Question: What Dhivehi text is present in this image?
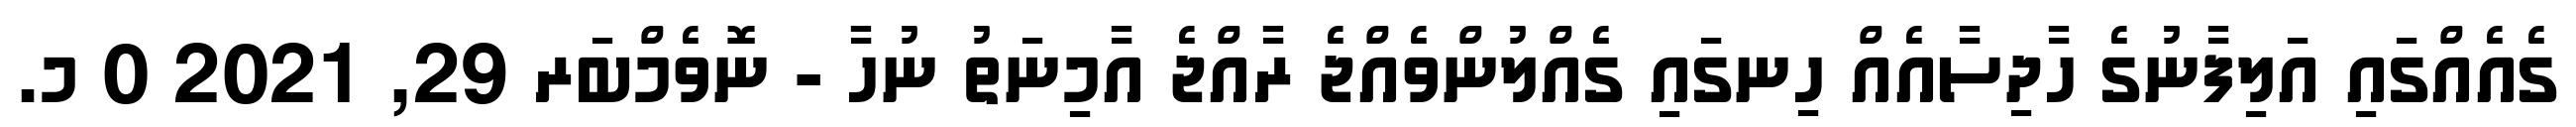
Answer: ގެއެއްގައި އަލިފާނުގެ ހާދިސާއެއް ހިނގައި ގެއްލުންވެއްޖެ ރާއްޖެ އާމިނަތު ނުހާ - ނޮވެމްބަރ 29, 2021 0 މ.